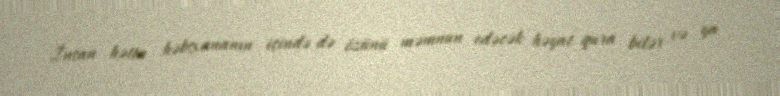
İnsan hətta həbsxananın içində də özünü məmnun edəcək həyat qura bilər və ya